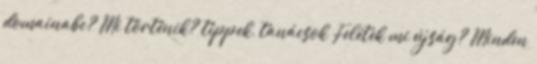
domainabc? Mi történik? tippek, tanácsok Felétek mi újság? Minden